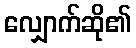
လျှောက်ဆို၏